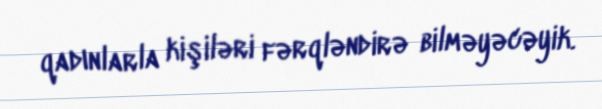
qadınlarla kişiləri fərqləndirə bilməyəcəyik.